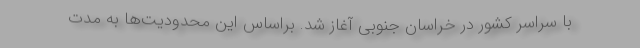
با سراسر کشور در خراسان جنوبی آغاز شد. براساس این محدودیت‌ها به مدت